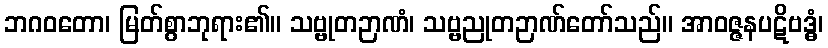
ဘဂဝတော၊ မြတ်စွာဘုရား၏။ သဗ္ဗုတဉာဏံ၊ သဗ္ဗညုတဉာဏ်တော်သည်။ အာဝဇ္ဇနပဋိဗဒ္ဓံ၊